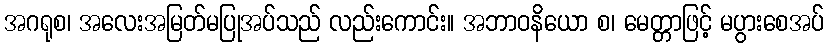
အဂရုစ၊ အလေးအမြတ်မပြုအပ်သည် လည်းကောင်း။ အဘာဝနိယော စ၊ မေတ္တာဖြင့် မပွားစေအပ်